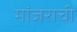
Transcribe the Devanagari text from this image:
मांजराची